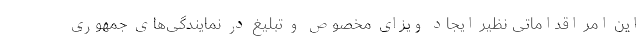
این امر اقداماتی نظیر ایجاد ویزای مخصوص و تبلیغ در نمایندگی‌های جمهوری